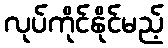
လုပ်ကိုင်နိုင်မည့်